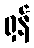
ရှန်